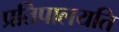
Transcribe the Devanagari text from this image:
प्रतिपालयति